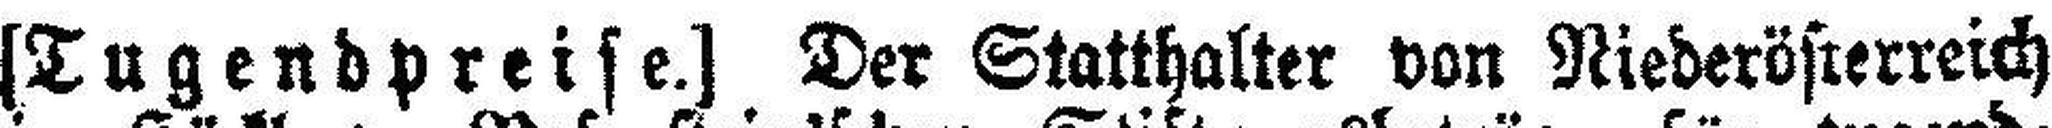
[Tugendpreife.] Der Statthalter von Niederösterreich